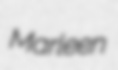
Marleen